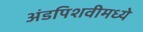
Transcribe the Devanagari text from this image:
अंडपिशवीमध्ये